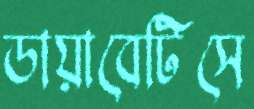
ডায়াবেটিসে